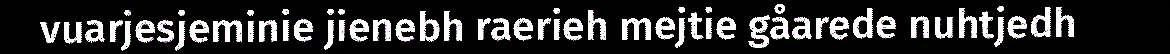
vuarjesjeminie jienebh raerieh mejtie gåarede nuhtjedh